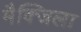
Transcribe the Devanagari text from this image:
मैक्जिला